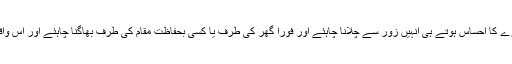
عامر خان بچوں سے کہتے نظر آرہے ہیں کہ خطرے کا احساس ہوتے ہی انہیں زور سے چلانا چاہئے اور فوراً گھر کی طرف یا کسی بحفاظت مقام کی طرف بھاگنا چاہئے اور اس واقعے کی اطلاع اپنے والدین یا ٹیچر کو دینی چاہئے۔